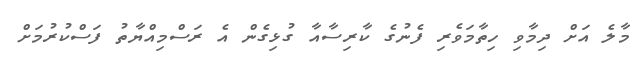
މާލެ އަށް ދިމާވި ހިތާމަވެރި ފެނުގެ ކާރިސާއާ ގުޅިގެން އެ ރަސްމިއްޔާތު ފަސްކުރުމަށް